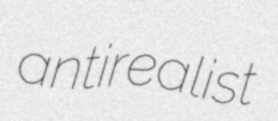
antirealist